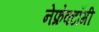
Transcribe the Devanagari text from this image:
नेफ्रेक्टॉमी